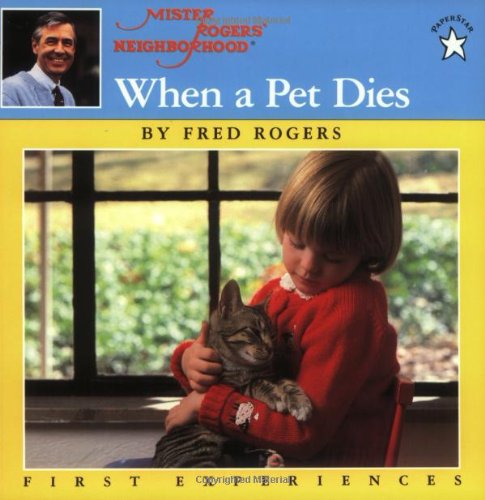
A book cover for When a Pet Dies; Fred Rogers; Crafts, Hobbies & Home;